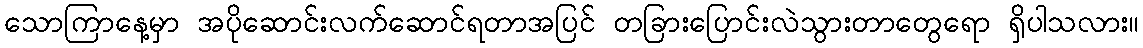
သောကြာနေ့မှာ အပိုဆောင်းလက်ဆောင်ရတာအပြင် တခြားပြောင်းလဲသွားတာတွေရော ရှိပါသလား။